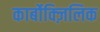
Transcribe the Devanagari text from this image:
कार्बोक्ज़िलिक